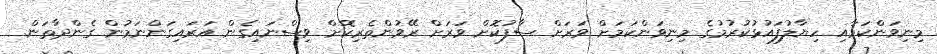
މިނިވަންކަމާއި ހިޔާލުފައުޅުކުރުމުގެ މިނިވަންކަމަށް ވަރަށް ސާފުކޮށް ވަރަށް ރޭވުންތެރިކޮށް ވިސްނައިގެން އަރައިގަންނަމުން ގެންދާތަން.